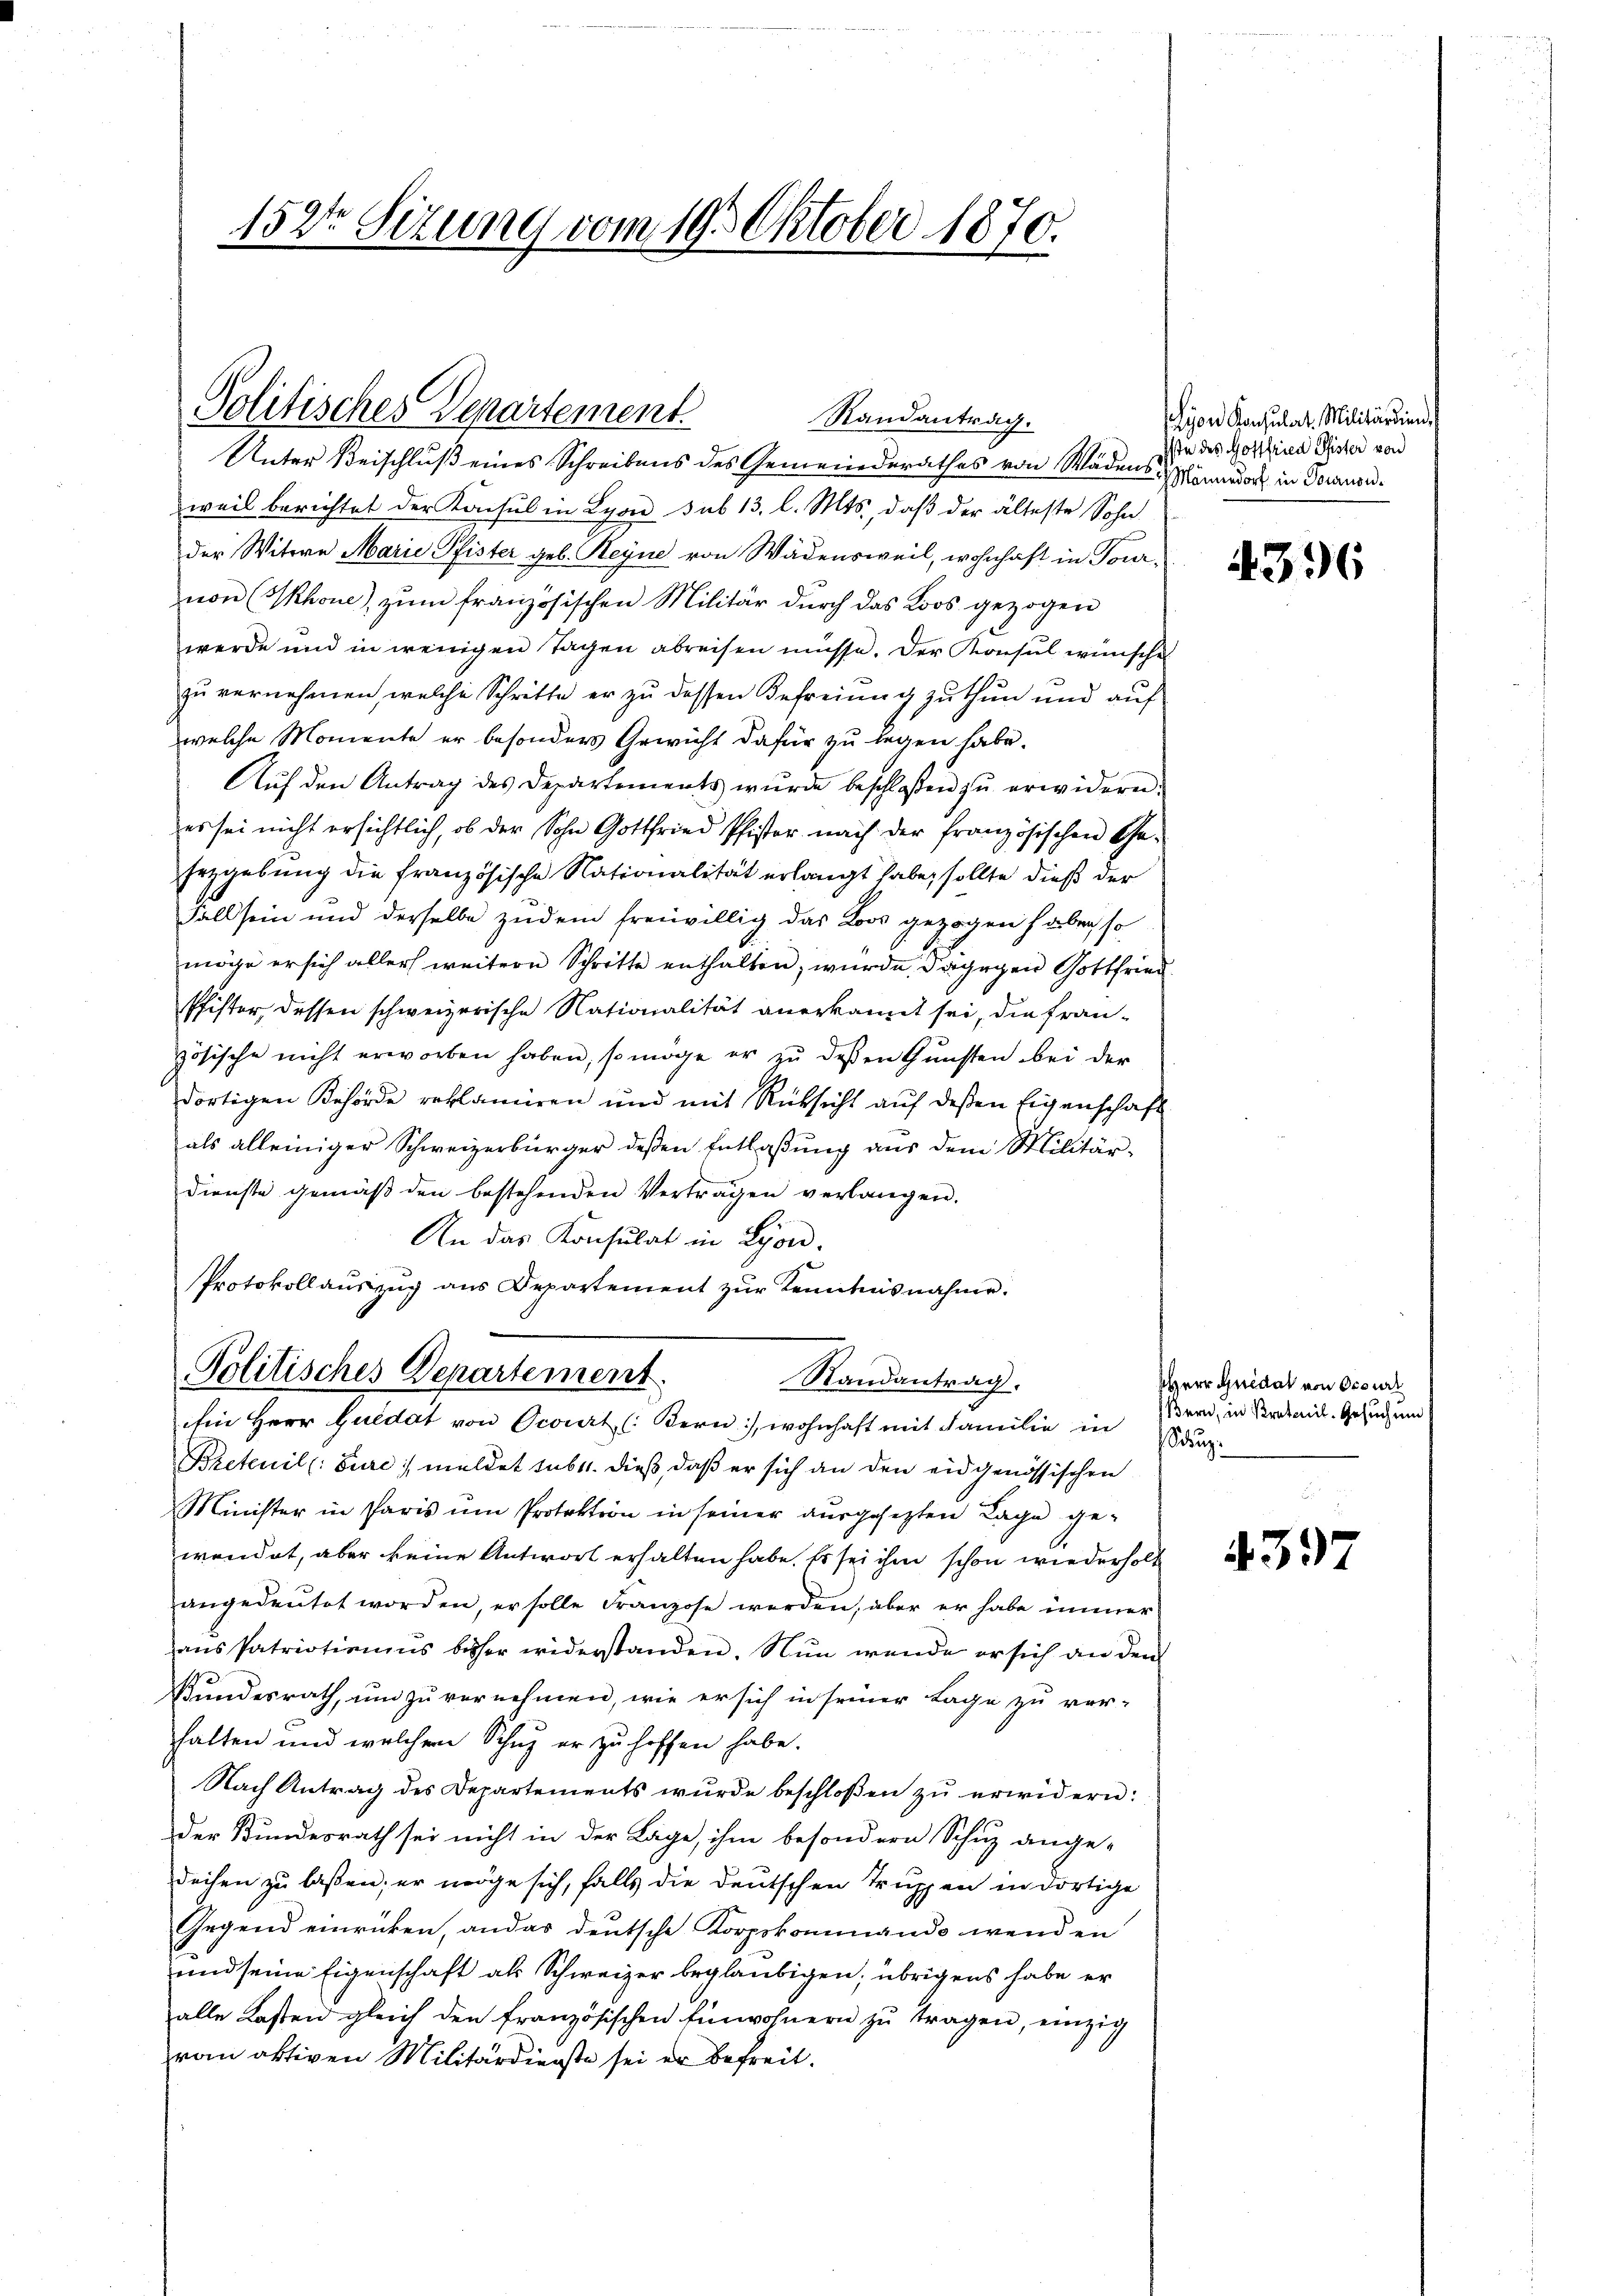
152te Sitzung vom 19. Oktober 1870.

Politischer Departement.
Randantrag.
Unter Beischluß eines Schreibens des Gemeinderathes von Wädensendorf in Vorans¬

weil berichtet der Konsul in Lyon sub 13. l. Mts., daß der älteste Sohn
der Witwe Marie Pfister geb. Heyne von Wädensweil, wohnhaft in Tournon (Skhoue), zum französischen Militär durch das Loos gezogen
werde und in wenigen Tagen abreisen müsse. Der Konsul wünsche
zu vernehmen, welche Schritte er zu dessen Befreiung zu thun und auf
welche Momente er besonders Gewicht dafür zu legen habe.
Aŭf den Antrag des Departements wŭrde beschloßen zŭ erwidern.
es sei nicht ersichtlich, ob der Sohn Gottfried Pfister nach der französischen Ge-
Erzgebung die französische Nationalität erlangt habe, sollte dieß der
Fall sein und derselbe zudem freiwillig das Loos gezogen haben so
möge er sich aller weitere Schritte enthalten, wurde dagegen Gottfried
Pfister, dessen schweizerische Nationalität anerkannt sei, die französische nicht erworben haben, so möge er zŭ dessen Gunsten bei der
dortigen Behörde reklamiren und mit Rücksicht aŭf deßen Eigenschaft
als alleiniger Schweizerbürger deßen Entlaßung aus dem Militärdienste gemäβ den bestehenden Vertragen verlangen.
An das Konsulat in Lyon,
Protokollauszug aus Departement zŭr Kenntnisnahme.

Politisches Departement.
Randantrag.
Ein Herr Guidat von Ocourt (Bern), wohnhaft mit Familie in Einzi

Bretenil (: Eure meldet sub 11. dieß, daß er sich an den eidgenössischen
Minister in Paris um Protoktion in seiner ausgesetzten Lage gewendet, aber keine Antwort erhalten habe. Es sei ihm schon wiederholt
angedeutet worden, er solle Franzose werden, aber er habe immer
ans Patriotionens besser widerstanden. Nun wende er sich an den
Bundesrath, um zu vernehmen, wie er sich in seiner Lage zu ver-
halten und welchem Schuz er zu hoffen habe.
Nach Antrag des Departements wurde beschloßen zŭ erwidern:
der Bundesrath sei nicht in der Lage, ihm besondern Schutz ange-
dechen zu laßen; er möge sich, falls die deutschen Truppen in dortige
Gegend einrücken, ander deutsche Korpskommando wenden
und seine Eigenschaft als Schweizer beglaubigen; übrigens habe er
alle Kasten gleich den französischen Einwohnern zŭ tragen, einzig
ran aktiven Militärdienste sei er befreit.

Lyon Konsulat. Militärdien
Iste des Gottfried Pfister von

4396

Herr Quidat von Ocour
Bern, in Protonil-Gesuch und

4397